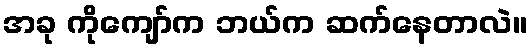
အခု ကိုကျော်က ဘယ်က ဆက်နေတာလဲ။